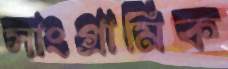
সাংগ্রামিক